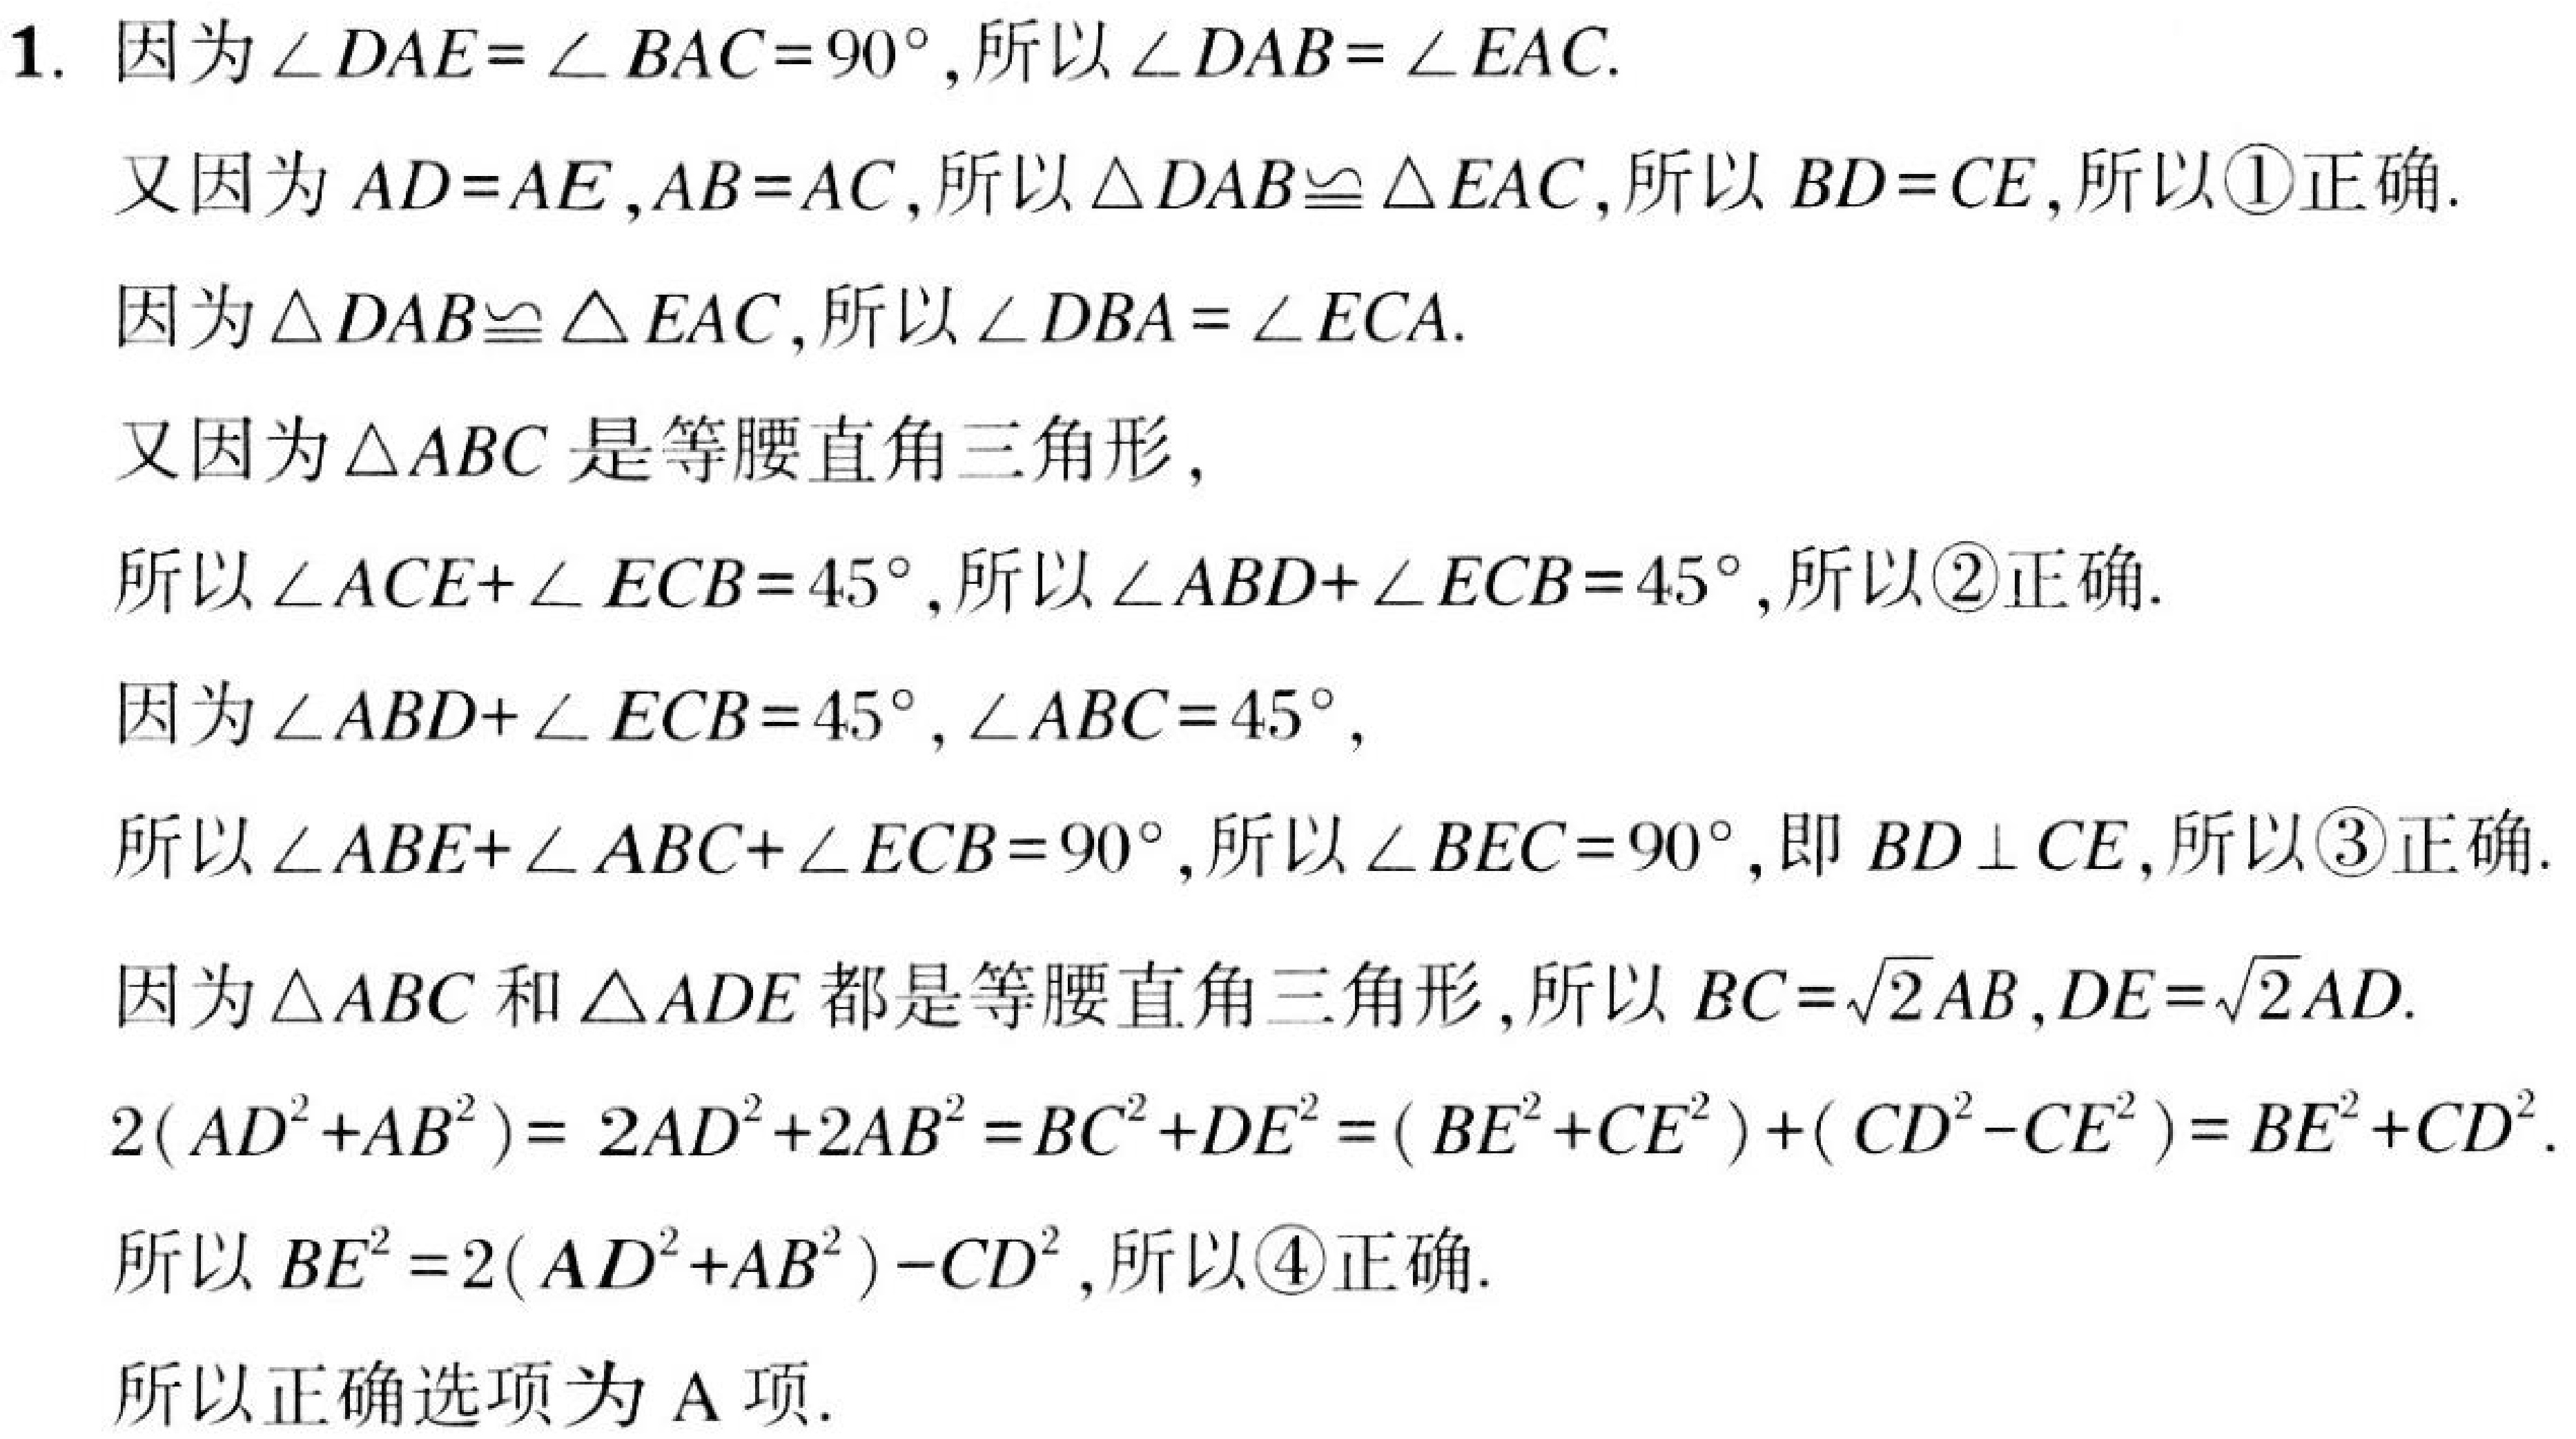
1. 因为\(\angle DAE = \angle BAC = 90^{\circ}\),所以\(\angle DAB=\angle EAC\).
又因为\(AD = AE\),\(AB = AC\),所以\(\triangle DAB\cong\triangle EAC\),所以\(BD = CE\),所以\textcircled{1}正确.
因为\(\triangle DAB\cong\triangle EAC\),所以\(\angle DBA=\angle ECA\).
又因为\(\triangle ABC\)是等腰直角三角形,
所以\(\angle ACE+\angle ECB = 45^{\circ}\),所以\(\angle ABD+\angle ECB = 45^{\circ}\),所以\textcircled{2}正确.
因为\(\angle ABD+\angle ECB = 45^{\circ}\),\(\angle ABC = 45^{\circ}\),
所以\(\angle ABE+\angle ABC+\angle ECB = 90^{\circ}\),所以\(\angle BEC = 90^{\circ}\),即\(BD\perp CE\),所以\textcircled{3}正确.
因为\(\triangle ABC\)和\(\triangle ADE\)都是等腰直角三角形,所以\(BC = \sqrt{2}AB\),\(DE=\sqrt{2}AD\).
\(2(AD^{2}+AB^{2})=2AD^{2}+2AB^{2}=BC^{2}+DE^{2}=(BE^{2}+CE^{2})+(CD^{2}-CE^{2})=BE^{2}+CD^{2}\).
所以\(BE^{2}=2(AD^{2}+AB^{2})-CD^{2}\),所以\textcircled{4}正确.
所以正确选项为A项.